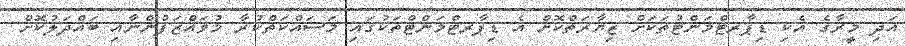
އަދި މީރާގެ އެކި ޑިޕާރޓްމަންޓުތަކަށް ޒިޔާރަތްކޮށް އެ ޑިޕާރޓްމަންޓްތަކުގައި މަސައްކަތްކުރާ މުވައްޒަފުންނާއި ބައްދަލުކޮށް